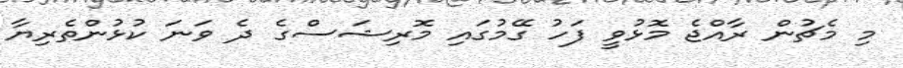
މި މެޗުން ރާއްޖެ މޮޅުވީ ފަހު ގޭމުގައި މޮރިޝަސްގެ ދެ ވަނަ ކުޅުންތެރިޔާ